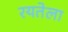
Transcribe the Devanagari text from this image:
रयतेला